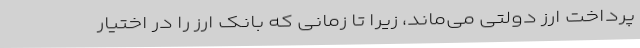
پرداخت ارز دولتی می‌ماند، زیرا تا زمانی که بانک ارز را در اختیار